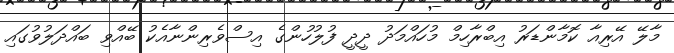
މާލޭ އޭރިއާ ކޮމާންޑަރު އިބްރާހިމް މުހައްމަދު ދީދީ ފުލުހުންގެ އިސްވެރިންނާއެކު ބޭއްވި ބައްދަލުވުގައި